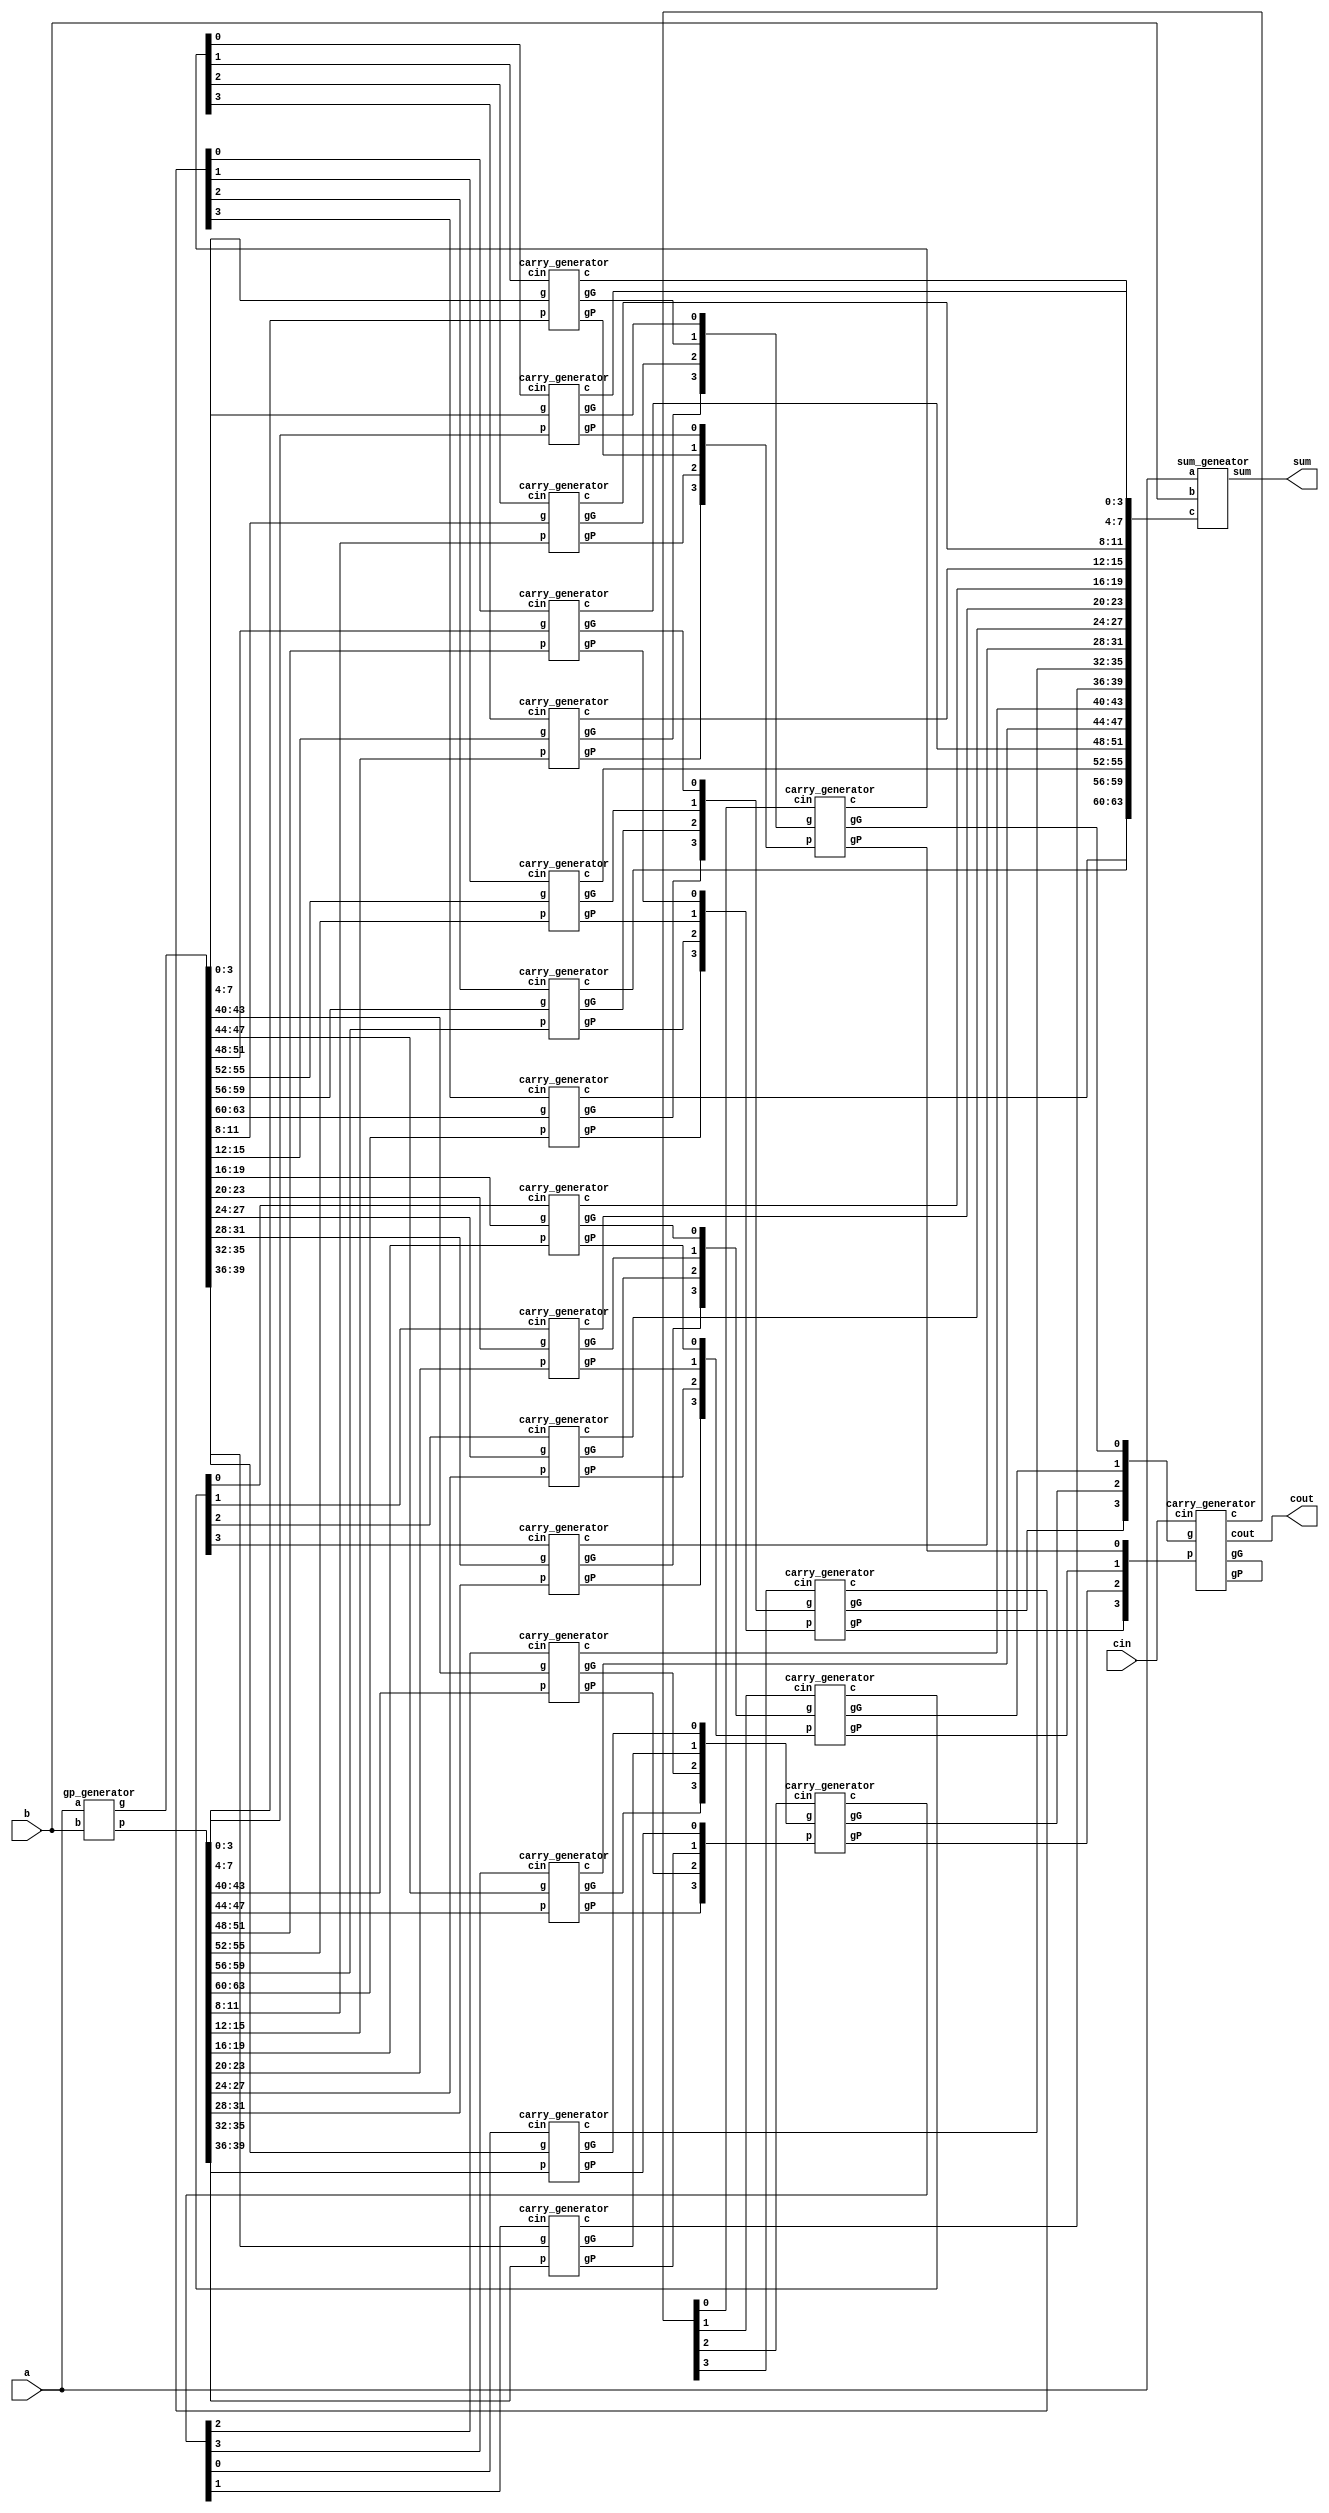
`timescale 1ns/1ps
module CLA_64bit(a,b,cin,sum,cout);
    input [63:0] a,b;
    input cin;
    output [63:0] sum;
    output cout;
	
    wire [63:0] p,g,c;
	wire [15:0] d;
	wire [15:0] gP,gG;
	
	wire [3:0] c4_c8_c12,gPP,gGG;
    //---Write down your design here---//
	gp_generator gp_geneator1(a[63:0],b[63:0],g[63:0],p[63:0]);
	
	carry_generator a0(g[3:0],p[3:0],d[0],c[3:0],gG[0],gP[0],);
	carry_generator a1(g[7:4],p[7:4],d[1],c[7:4],gG[1],gP[1],);
	carry_generator a2(g[11:8],p[11:8],d[2],c[11:8],gG[2],gP[2],);
	carry_generator a3(g[15:12],p[15:12],d[3],c[15:12],gG[3],gP[3],);
	carry_generator a4(g[19:16],p[19:16],d[4],c[19:16],gG[4],gP[4],);
	carry_generator a5(g[23:20],p[23:20],d[5],c[23:20],gG[5],gP[5],);
	carry_generator a6(g[27:24],p[27:24],d[6],c[27:24],gG[6],gP[6],);
	carry_generator a7(g[31:28],p[31:28],d[7],c[31:28],gG[7],gP[7],);
	carry_generator a8(g[35:32],p[35:32],d[8],c[35:32],gG[8],gP[8],);
	carry_generator a9(g[39:36],p[39:36],d[9],c[39:36],gG[9],gP[9],);
	carry_generator a10(g[43:40],p[43:40],d[10],c[43:40],gG[10],gP[10],);
	carry_generator a11(g[47:44],p[47:44],d[11],c[47:44],gG[11],gP[11],);
	carry_generator a12(g[51:48],p[51:48],d[12],c[51:48],gG[12],gP[12],);
	carry_generator a13(g[55:52],p[55:52],d[13],c[55:52],gG[13],gP[13],);
	carry_generator a14(g[59:56],p[59:56],d[14],c[59:56],gG[14],gP[14],);
	carry_generator a15(g[63:60],p[63:60],d[15],c[63:60],gG[15],gP[15],);
	
	carry_generator carry_geneator_c0(gG[3:0],gP[3:0],c4_c8_c12[0],d[3:0],gGG[0],gPP[0],);
	carry_generator carry_geneator_c1(gG[7:4],gP[7:4],c4_c8_c12[1],d[7:4],gGG[1],gPP[1],);
	carry_generator carry_geneator_c2(gG[11:8],gP[11:8],c4_c8_c12[2],d[11:8],gGG[2],gPP[2],);
	carry_generator carry_geneator_c3(gG[15:12],gP[15:12],c4_c8_c12[3],d[15:12],gGG[3],gPP[3],);
	
	carry_generator A(gGG[3:0],gPP[3:0],cin,c4_c8_c12[3:0],,,cout);
	
	sum_geneator ans(a[63:0],b[63:0],c[63:0],sum);
    //---------------------------------//
endmodule
module gp_generator(a,b,g,p);

    input [63:0] a,b;
    output [63:0] g,p;
    
    // g = a x b && p = a + b
    assign g = a & b;
    assign p = a | b;
endmodule


module carry_generator(g,p,cin,c,gG,gP,cout);

    input [3:0] g,p;
    input cin;
    output gG,gP;
    output [3:0] c;
    output cout;

    //create gG and gP
    assign gG = g[3] | (p[3] & g[2]) | (p[3] & p[2] & g[1]) | (p[3] & p[2] & p[1] & g[0]);
	assign gP = p[3] & p[2] & p[1] & p[0];
	
    assign c[0] = cin;
    //create carrys
    assign c[1] = g[0] | (p[0] & cin);
    assign c[2] = g[1] | (p[1] & g[0]) | (p[1] & p[0] & cin);
    assign c[3] = g[2] | (p[2] & g[1]) | (p[2] & p[1] & g[0]) | (p[2] & p[1] & p[0] & cin);

    //cout
    assign cout = g[3] | (p[3] & g[2]) | (p[3] & p[2] & g[1]) | (p[3] & p[2] & p[1] & g[0]) | (p[3] & p[2] & p[1] & p[0] & cin);

endmodule

module sum_geneator(a,b,c,sum);

    input [63:0] a,b;
    input [63:0] c;
    output [63:0] sum;

    //sum = a ^ b ^ c;
    assign sum = a ^ b ^ c;

endmodule